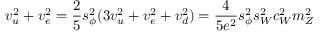
v _ { u } ^ { 2 } + v _ { e } ^ { 2 } = { \frac { 2 } { 5 } } s _ { \phi } ^ { 2 } ( 3 v _ { u } ^ { 2 } + v _ { e } ^ { 2 } + v _ { d } ^ { 2 } ) = { \frac { 4 } { 5 e ^ { 2 } } } s _ { \phi } ^ { 2 } s _ { W } ^ { 2 } c _ { W } ^ { 2 } m _ { Z } ^ { 2 }